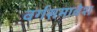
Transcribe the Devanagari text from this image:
वर्गसमावेश